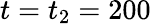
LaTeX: t=t_{2}=200